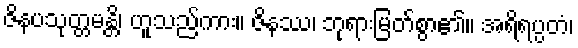
ဇိနပသုတ္တမန္တိ၊ ဟူသည်ကား။ ဇိနဿ၊ ဘုရားမြတ်စွာ၏။ အရိရပ္ပတံ၊